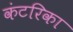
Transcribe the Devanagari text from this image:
कंटरिका